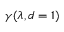
\gamma ( \lambda , d = 1 )